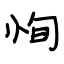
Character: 恂